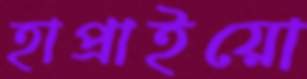
হাপ্‌রাইয়ো